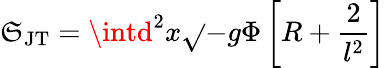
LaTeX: \mathfrak{S}_{\mathrm{{JT}}}=\intd^{2}x\sqrt{}{{-g}}\Phi\left[R+\frac{{2}}{{l^{2}}}\right]